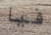
فيا